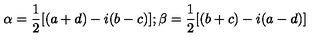
\alpha = \frac { 1 } { 2 } [ ( a + d ) - i ( b - c ) ] ; \beta = \frac { 1 } { 2 } [ ( b + c ) - i ( a - d ) ]